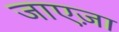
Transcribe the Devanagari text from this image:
जाएज़ा